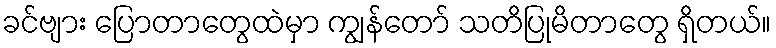
ခင်ဗျား ပြောတာတွေထဲမှာ ကျွန်တော် သတိပြုမိတာတွေ ရှိတယ်။